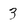
Character: 3